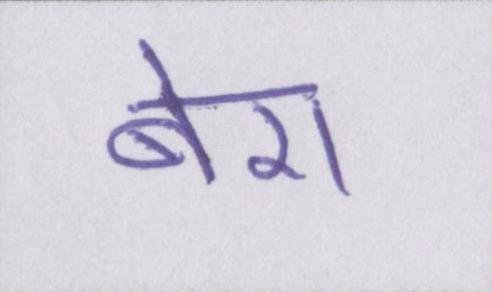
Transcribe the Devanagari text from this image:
बेरा